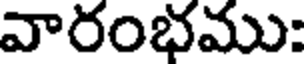
వారంభము: